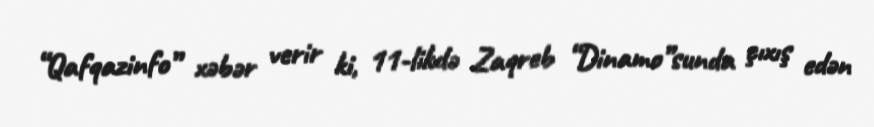
“Qafqazinfo” xəbər verir ki, 11-likdə Zaqreb “Dinamo”sunda çıxış edən